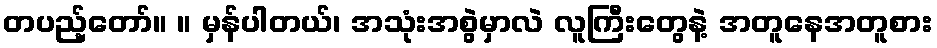
တပည့်တော်။ ။ မှန်ပါတယ်၊ အသုံးအစွဲမှာလဲ လူကြီးတွေနဲ့ အတူနေအတူစား